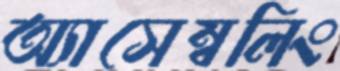
অ্যাসেম্বলিং